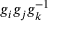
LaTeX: g _ { i } g _ { j } g _ { k } ^ { - 1 }